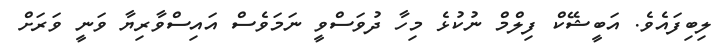
ލިބިފައެވެ. އަބީޝޭކް ފިލްމް ނުކުޅެ މިހާ ދުވަސްވީ ނަމަވެސް އައިސްވާރިޔާ ވަނީ ވަރަށް